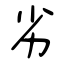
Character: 劣